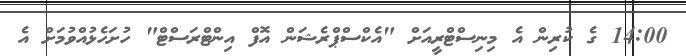
14:00 ގެ ކުރިން އެ މިނިސްޓްރީއަށް "އެކްސްޕްރެޝަން އޮފް އިންޓްރަސްޓް" ހުށަހެޅުއްވުމަށް އެ